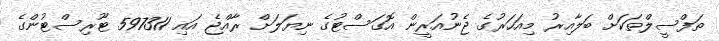
ތަފްސީލްތަކަށް ބަލާއިރު މިއަހަރުގެ ޖެނުއަރީން އޮގަސްޓުގެ ނިޔަލަށް ރާއްޖެ އައި 597311 ޓޫރިސްޓުންގެ